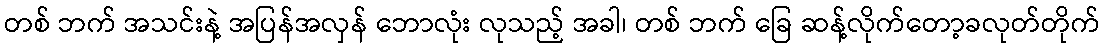
တစ် ဘက် အသင်းနဲ့ အပြန်အလှန် ဘောလုံး လုသည့် အခါ၊ တစ် ဘက် ခြေ ဆန့်လိုက်တော့ခလုတ်တိုက်